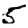
Digit: 5